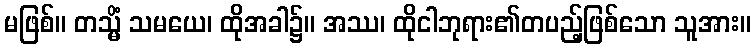
မဖြစ်။ တသ္မိံ သမယေ၊ ထိုအခါ၌။ အဿ၊ ထိုငါဘုရား၏တပည့်ဖြစ်သော သူအား။